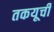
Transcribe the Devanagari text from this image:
तकयूची